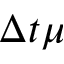
\Delta t \mu